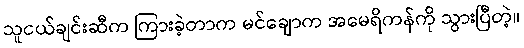
သူငယ်ချင်းဆီက ကြားခဲ့တာက မင်ချောက အမေရိကန်ကို သွားပြီတဲ့။